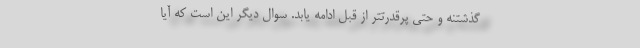
گذشتنه و حتی پرقدرتتر از قبل ادامه یابد. سوال دیگر این است که آیا